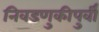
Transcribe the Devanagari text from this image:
निवडणुकीपुर्वी